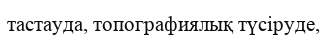
тастауда, топографиялық түсіруде,